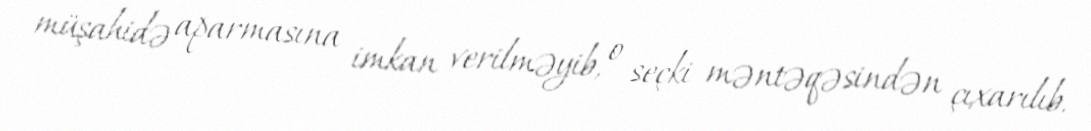
müşahidə aparmasına imkan verilməyib, o seçki məntəqəsindən çıxarılıb.